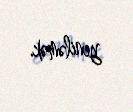
yeniləmək.